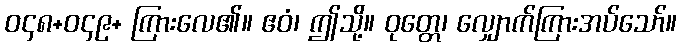
ဝ၄၈+ဝ၄၉+ ကြားလေ၏။ ဧဝံ၊ ဤသို့။ ဝုတ္တေ၊ လျှောက်ကြားအပ်သော်။